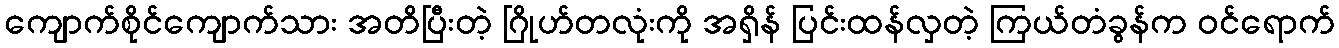
ကျောက်စိုင်ကျောက်သား အတိပြီးတဲ့ ဂြိုဟ်တလုံးကို အရှိန် ပြင်းထန်လှတဲ့ ကြယ်တံခွန်က ဝင်ရောက်